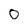
Character: 0